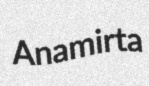
Anamirta